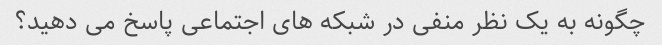
چگونه به یک نظر منفی در شبکه های اجتماعی پاسخ می دهید؟